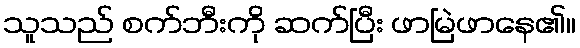
သူသည် စက်ဘီးကို ဆက်ပြီး ဖာမြဲဖာနေ၏။